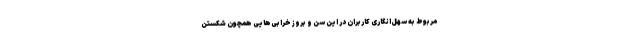
مربوط به سهل‌انگاری کاربران در این سن و بروز خرابی‌هایی همچون شکستن